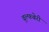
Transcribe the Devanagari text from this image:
वुल्फबेरी